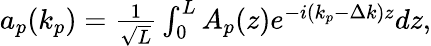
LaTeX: \begin{array}{r}{a_{p}(k_{p})=\frac{1}{\sqrt{L}}\int_{0}^{L}A_{p}(z)e^{-i(k_{p}-\Delta k)z}dz,}\end{array}